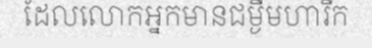
ដែលលោកអ្នកមានជម្ងឺមហារីក